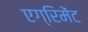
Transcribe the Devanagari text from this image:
एग्रिमेंट